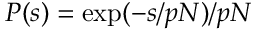
P ( s ) = \exp ( - s / p N ) / p N